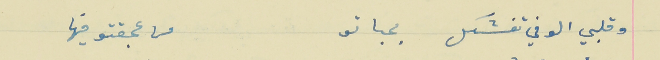
وقلبي الوفي تفشكل  بحباتو                                            من عجقتو فيها